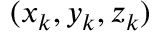
( x _ { k } , y _ { k } , z _ { k } )